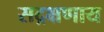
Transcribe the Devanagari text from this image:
सद्रक्षणाय